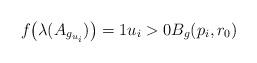
LaTeX: \begin{align*}f\big(\lambda(A_{g_{u_i}})\big) = 1 u_i > 0 B_g(p_i,r_0)\end{align*}